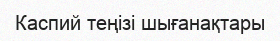
Каспий теңізі шығанақтары